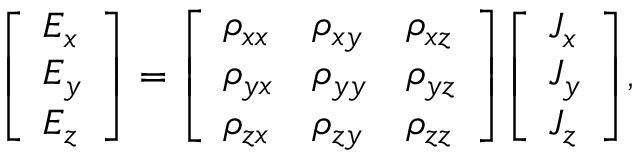
{ \left[ \begin{array} { l } { E _ { x } } \\ { E _ { y } } \\ { E _ { z } } \end{array} \right] } = { \left[ \begin{array} { l l l } { \rho _ { x x } } & { \rho _ { x y } } & { \rho _ { x z } } \\ { \rho _ { y x } } & { \rho _ { y y } } & { \rho _ { y z } } \\ { \rho _ { z x } } & { \rho _ { z y } } & { \rho _ { z z } } \end{array} \right] } { \left[ \begin{array} { l } { J _ { x } } \\ { J _ { y } } \\ { J _ { z } } \end{array} \right] } ,